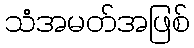
သံအမတ်အဖြစ်